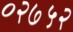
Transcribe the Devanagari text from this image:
०२७५२